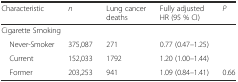
<table><thead><tr><td><b>Characteristic</b></td><td><b><i>n</i></b></td><td><b>Lung cancer deaths</b></td><td><b>Fully adjusted HR (95 % CI)</b></td><td><b><i>P</i></b></td></tr></thead><tbody><tr><td colspan="5">Cigarette Smoking</td></tr><tr><td> Never-Smoker</td><td>375,087</td><td>271</td><td>0.77 (0.47–1.25)</td><td></td></tr><tr><td> Current</td><td>152,033</td><td>1792</td><td>1.20 (1.00–1.44)</td><td></td></tr><tr><td> Former</td><td>203,253</td><td>941</td><td>1.09 (0.84–1.41)</td><td>0.66</td></tr></tbody></table>